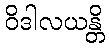
ဝိဒါလယန္တိ